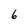
Character: 6